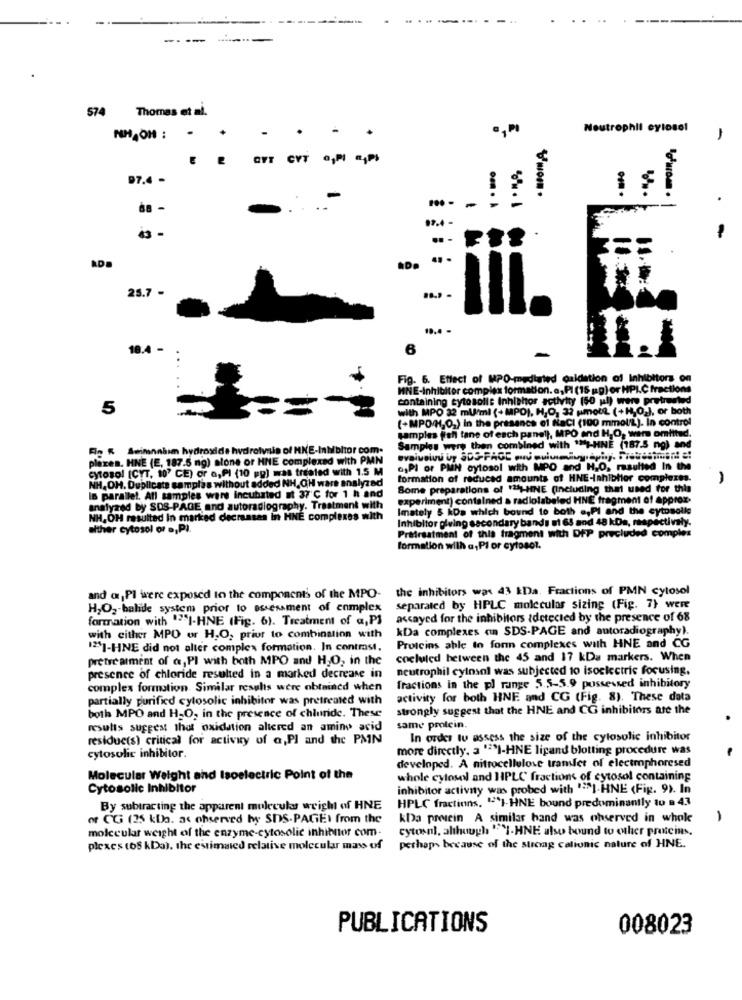
---- ---
574 Thomas et al.
-
., PI
Neutrophil cylosol
NH.OM : -
-
OFT CYT
97.4 -
-
.. -
.
25.7 -
18.4 -
Fig. 6. Effect of MPO-mediated qaidation of Inhibitors on
HNE-Inhibitor complex formation. a,PI (15 ug) or HPI.C fractions
containing cytosolis Inhishor activity (50 ul) were pretresled
5
with MPO 32 m/ml (+ MPO), H,O, 33 pmout (+H,O2), or both
(+MPOH,O,) In the presence of Nacl (100 mmol/L). In control
samples fief tane of each panel), MPO and H,O, wer omtitud.
Fin R Awimnahum hydroxide hydrolysis of MKE-Inhibitor com.
Samples were then combined with ""}-HNE (187.5 ng) and
plexes. HNE (E, 187.5 mg) alone or HNE complexad with PMN
cytosol [CYT, 10' CE) or a,PI (10 pg) was treated with 1.5 M
o,PI or PMN cytosol with MPO and H2O, resulted In the
NH, OH. Duplicate camplas without added NH, OH ware analyzed
formation of reduced amounts of HNE-Inhibitor complexes.
Some preparations of 12]HNE (Including that used for this
Is parallel. All samples were Incubated at 37'℃ for 1 h and
experiment) contained a radiolabeled HNE fragment of approx.
analyzed by SDS-PAGE and autoradiography. Treatment with
Imately & kDa which bound to both a,Pl and the cytosolle
NH. OH resulted In marked clecransas in HNE complexes with
Inhibitor giving secondary bands ut 63 and 48 kDa, respectively.
alther cytosol or ., P).
Pretreatment of this fragment with DFP precluded complex
formation with a,Pl or cytosol.
the inhibitors was 43 EDa. Fractions of PMN cytosol
and @,Pl were exposed in the components of the MPO-
H2O2-balide system prior to assessment of complex
separated by HPLC molecular sizing (Fig. 7) were
formation with "I-HNE (Fig. 6). Treatment of a, PI
assayed for the inhibitors idetected by the presence of 68
kDa complexes on SDS-PAGE and autoradiography).
with either MPO or H,O, prior to combination with
12]-HNE did not alter complex formation. In contrast,
Proteins able to form complexes with HNE and CG
pretreatment of a,PI with both MPO and H,O, in the
cocluled between the 45 and 17 kDa markers. When
neutrophil cylnsnl was subjected to isocicctric focusing.
presence of chloride resulted in a marked decrease in
complex formotion. Similar results were obtained when
fractions in the p] range 5.5-5.9 possessed inhibitory
partially purified cylosolic inhibitor was pretreated with
activity for both HNE and CG (Fig. 8). These data
strongly suggest that the HNE and CO inhibitors are the
both MPO and H-O, in the presence of chloride. These
results suggest that oxidation altered an amino acid
same protein.
residue(s) critical for activity of a,Pl and the PMN
In order to assess the size of the cylosolic inhibitor
more directly, a 'SI-HNE ligand blotting procedure was
cytosulic inhibitor.
developed. A nitrocellulose transfer of electrophoresed
Molecular Weight and Isoelectric Point of the
whole cytosol and HPLC fractions of cytosol containing
Cytosolic Inhibitor
inhibitor activity was probed with "SI-HNE (Fig. 9). In
By subtracting the apparent molecular weight of HNE
HPLC fractions. "'I-HNE bound predominantly to = 43
of CGi (25 kbo. as observed by SDS-PAGE) from the
kDa presein A similar hand was observed in whole
-
molecular weight of the enzyme-cytosolic inhibitor com-
cytosni, although "I-HNE also bound to other prutcins,
plexes (68 kDa), the estimated relative molecular mass of
perhaps because of the strong caliunic nature of HNE.
PUBLICATIONS
008023